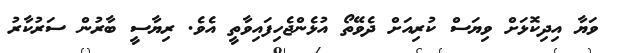
ވަޔާ އިދިކޮޅަށް ވިޔަސް ކުރިއަށް ދެވޭތޯ އުޅެންޖެހިފައިވާތީ އެވެ. ރިޔާސީ ބާރުން ސަރުކާރު